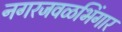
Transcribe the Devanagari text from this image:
नगरजवळभिंगार